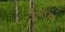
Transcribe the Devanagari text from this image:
लुआव